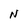
Character: N